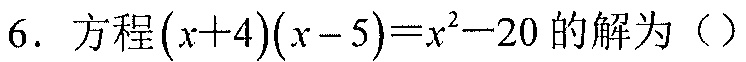
6. 方程\((x + 4)(x - 5)=x^{2}-20\)的解为（ ）